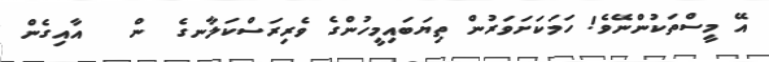
އޭ މީސްތަކުންނޭވެ! ހަމަކަށަވަރުން ތިޔަބައިމީހުންގެ ވެރިރަސްކަލާނގެ  ން   އާއިގެން